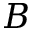
B